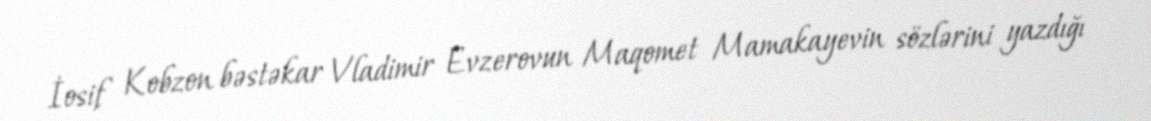
İosif Kobzon bəstəkar Vladimir Evzerovun Maqomet Mamakayevin sözlərini yazdığı